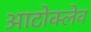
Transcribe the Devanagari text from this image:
आटोक्‍लेव